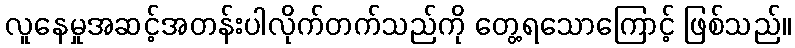
လူနေမှုအဆင့်အတန်းပါလိုက်တက်သည်ကို တွေ့ရသောကြောင့် ဖြစ်သည်။